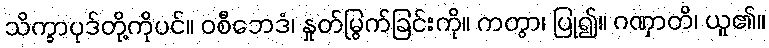
သိက္ခာပုဒ်တို့ကိုပင်။ ဝစီဘေဒံ၊ နှုတ်မြွက်ခြင်းကို။ ကတွာ၊ ပြု၍။ ဂဏှာတိ၊ ယူ၏။